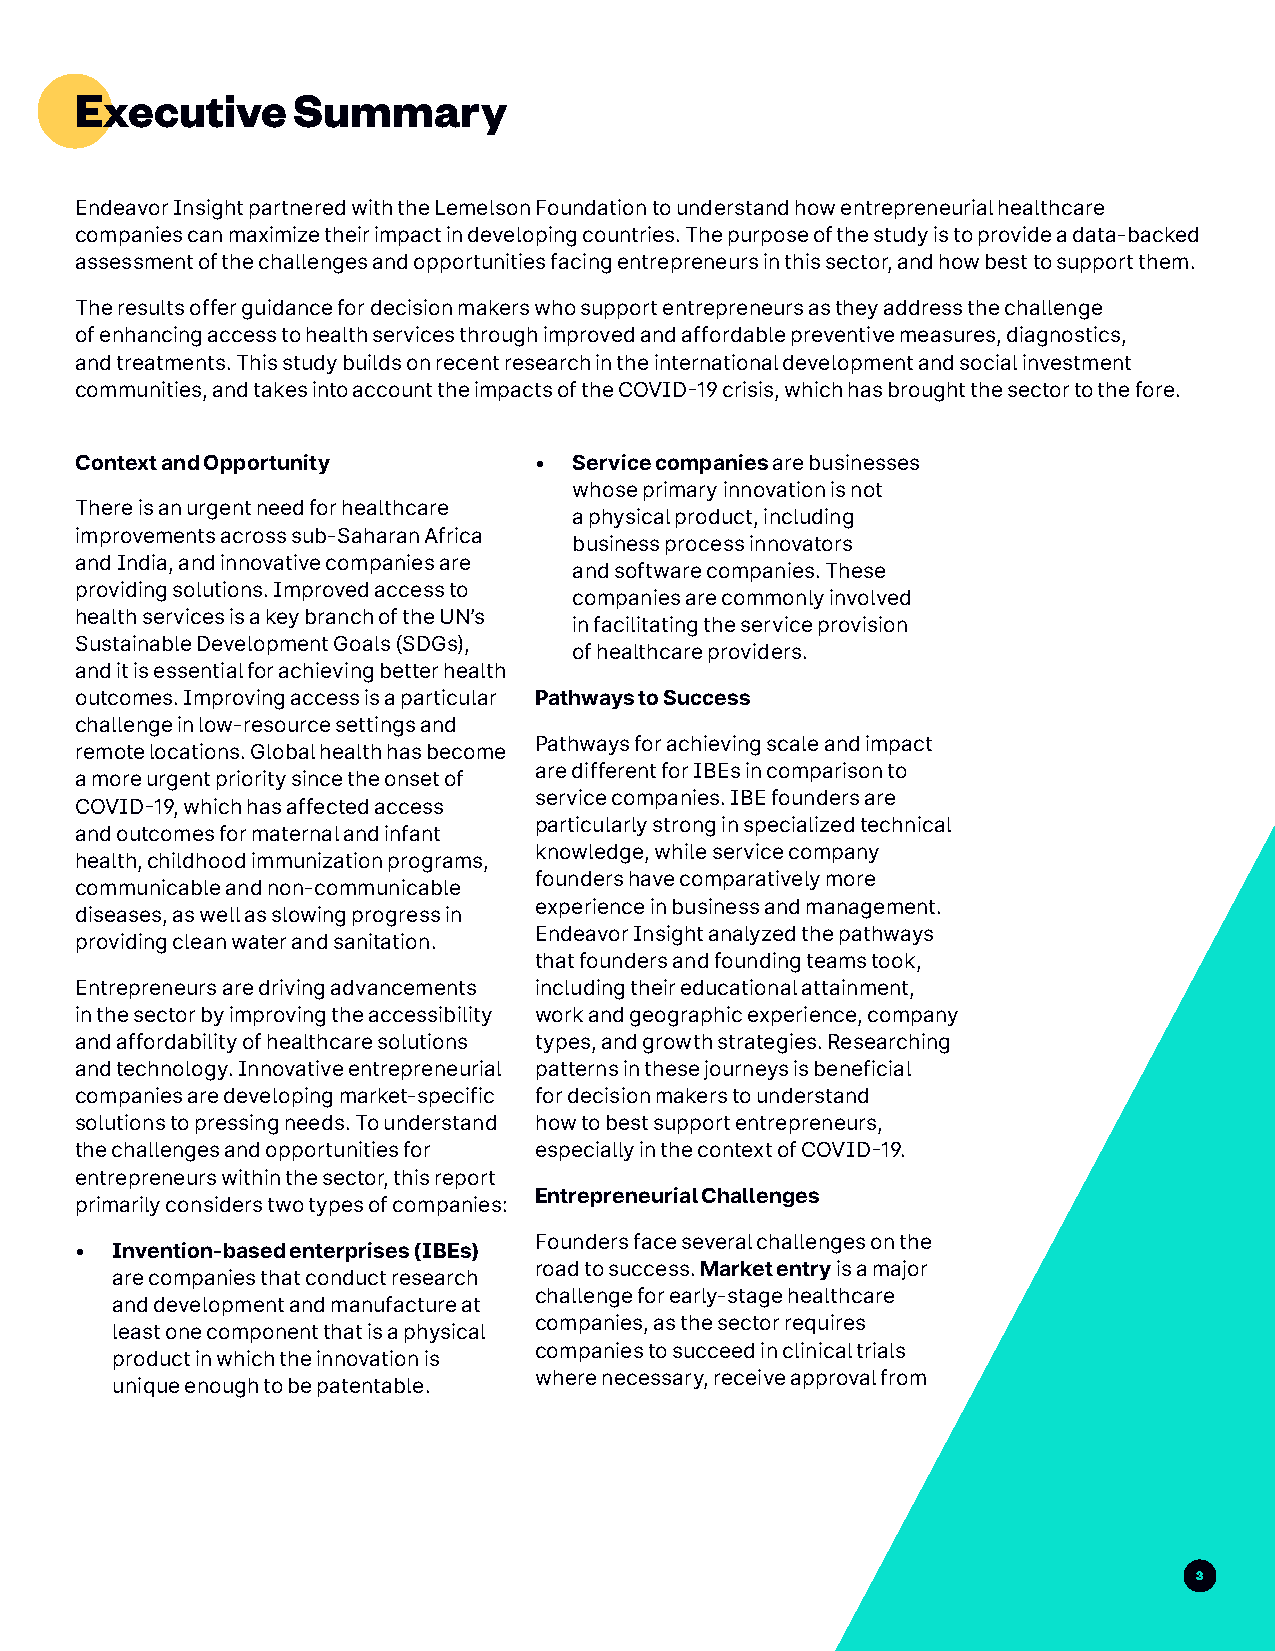
Executive     Summary
 Endeavor Insight partnered with the Lemelson Foundation to understand how entrepreneurial healthcare
 companies can maximize their impact in developing countries. The purpose of the study is to provide a data-backed
 assessment of the challenges and opportunities facing entrepreneurs in this sector, and how best to support them.
 The results offer guidance for decision makers who support entrepreneurs as they address the challenge
 of enhancing access to health services through improved and affordable preventive measures, diagnostics,
 and treatments. This study builds on recent research in the international development and social investment
 communities, and takes into account the impacts of the COVID-19 crisis, which has brought the sector to the fore.
 Context and Opportunity       •  Service companies are businesses
 whose primary innovation is not
 There is an urgent need for healthcare
 a physical product, including
 improvements across sub-Saharan Africa
 business process innovators
 and India, and innovative companies are
 and software companies. These
 providing solutions. Improved access to
 companies are commonly involved
 health services is a key branch of the UN’s
 in facilitating the service provision
 Sustainable Development Goals (SDGs),
 of healthcare providers.
 and it is essential for achieving better health
 outcomes. Improving access is a particular Pathways to Success
 challenge in low-resource settings and
 Pathways for achieving scale and impact
 remote locations. Global health has become
 are different for IBEs in comparison to
 a more urgent priority since the onset of
 service companies. IBE founders are
 COVID-19, which has affected access
 particularly strong in specialized technical
 and outcomes for maternal and infant
 knowledge, while service company
 health, childhood immunization programs,
 founders have comparatively more
 communicable and non-communicable
 experience in business and management.
 diseases, as well as slowing progress in
 Endeavor Insight analyzed the pathways
 providing clean water and sanitation.
 that founders and founding teams took,
 Entrepreneurs are driving advancements including their educational attainment,
 in the sector by improving the accessibility work and geographic experience, company
 and affordability of healthcare solutions types, and growth strategies. Researching
 and technology. Innovative entrepreneurial patterns in these journeys is beneficial
 companies are developing market-specific for decision makers to understand
 solutions to pressing needs. To understand how to best support entrepreneurs,
 the challenges and opportunities for especially in the context of COVID-19.
 entrepreneurs within the sector, this report
 Entrepreneurial Challenges
 primarily considers two types of companies:
 Founders face several challenges on the
 • Invention-based enterprises (IBEs)
 road to success. Market entry is a major
 are companies that conduct research
 challenge for early-stage healthcare
 and development and manufacture at
 companies, as the sector requires
 least one component that is a physical
 companies to succeed in clinical trials
 product in which the innovation is
 where necessary, receive approval from
 unique enough to be patentable.
 3